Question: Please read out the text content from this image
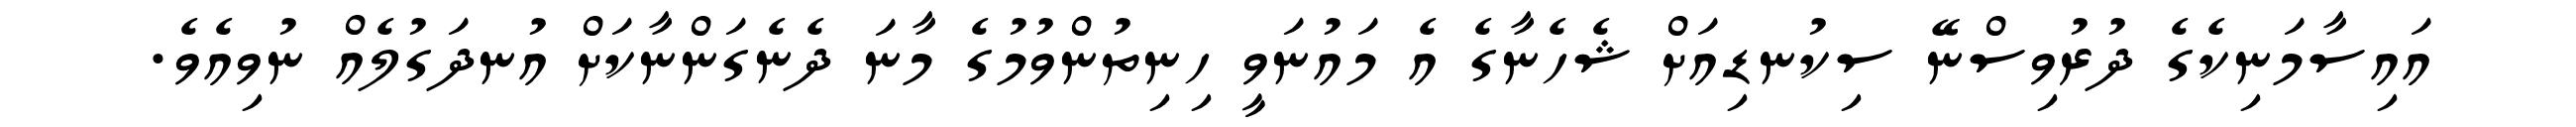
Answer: އައިސާމަނިކެގެ ދުރުވިސްނޭ ސިކުނޑިއަށް ޝެހެނާގެ އެ މައުނަވީ ހިނިތުންވުމުގެ މާނަ ދެނެގަންނާކަށް އުނދަގުލެއް ނުވިއެވެ.